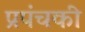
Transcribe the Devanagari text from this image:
प्रपंचकी